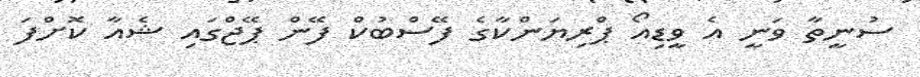
ސުނީތާ ވަނީ އެ ވީޑިއޯ ޕްރިޔަންކާގެ ފޭސްބުކް ފޭން ޕޭޖްގައި ޝެއާ ކޮށްފަ